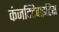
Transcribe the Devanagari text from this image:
कंजक्टिवाइटिस